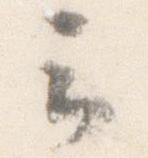
云